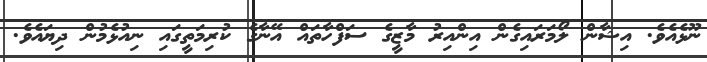
ނޫޅެއެވެ. އިޝާން ލޯމަރައިގެން އިންއިރު މާޒީގެ ސަފްހާތައް އޭނާގެ ކުރިމަތީގައި ނިއުޅެމުން ދިޔައެވެ.